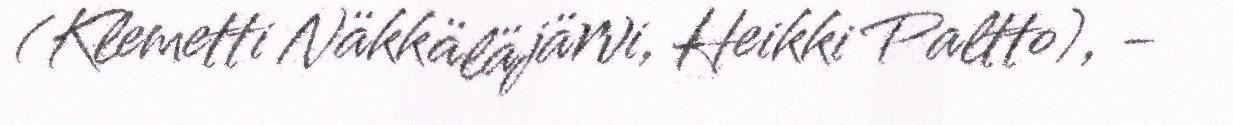
(Klemetti Näkkäläjärvi, Heikki Paltto), -